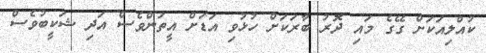
ކުއްލިއަކަށް ގޭގެ މައި ދޮރު ބާރަކަށް ހުޅުވި އަޑަށް އީތަންވެސް އަދި ޝަކީބުވެސް